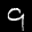
Label: 9